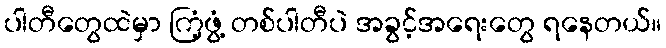
ပါတီတွေထဲမှာ ကြံ့ဖွံ့ တစ်ပါတီပဲ အခွင့်အရေးတွေ ရနေတယ်။